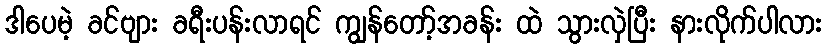
ဒါပေမဲ့ ခင်ဗျား ခရီးပန်းလာရင် ကျွန်တော့်အခန်း ထဲ သွားလှဲပြီး နားလိုက်ပါလား